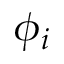
\phi _ { i }